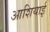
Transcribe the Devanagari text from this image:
आशियाई